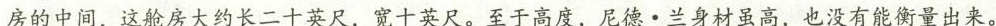
房的中间，这舱房大约长二十英尺，宽十英尺。至于高度，尼德。兰身材虽高，也没有能衡量出来。